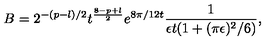
B = 2 ^ { - ( p - l ) / 2 } t ^ { \frac { 8 - p + l } { 2 } } e ^ { 8 \pi / 1 2 t } \frac { 1 } { \epsilon t ( 1 + ( \pi \epsilon ) ^ { 2 } / 6 ) } ,